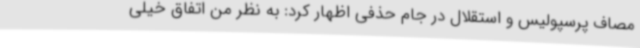
مصاف پرسپولیس و استقلال در جام حذفی اظهار کرد: به نظر من اتفاق خیلی